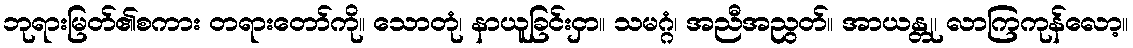
ဘုရားမြတ်၏စကား တရားတော်ကို။ သောတုံ၊ နာယူခြင်းငှာ။ သမဂ္ဂံ၊ အညီအညွတ်။ အာယန္တု၊ လာကြကုန်လော့။